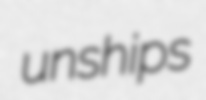
unships